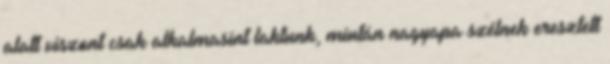
alatt viszont csak alkalmasint laktunk, miután nagyapa szélnek eresztett